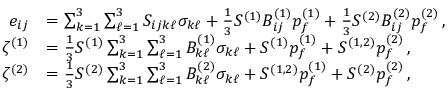
\begin{array} { r l } { e _ { i j } } & { = \sum _ { k = 1 } ^ { 3 } \sum _ { \ell = 1 } ^ { 3 } S _ { i j k \ell } \sigma _ { k \ell } + \frac { 1 } { 3 } S ^ { ( 1 ) } B _ { i j } ^ { ( 1 ) } p _ { f } ^ { ( 1 ) } + \frac { 1 } { 3 } S ^ { ( 2 ) } B _ { i j } ^ { ( 2 ) } p _ { f } ^ { ( 2 ) } \, , } \\ { \zeta ^ { ( 1 ) } } & { = \frac { 1 } { 3 } S ^ { ( 1 ) } \sum _ { k = 1 } ^ { 3 } \sum _ { \ell = 1 } ^ { 3 } B _ { k \ell } ^ { ( 1 ) } \sigma _ { k \ell } + S ^ { ( 1 ) } p _ { f } ^ { ( 1 ) } + S ^ { ( 1 , 2 ) } p _ { f } ^ { ( 2 ) } \, , } \\ { \zeta ^ { ( 2 ) } } & { = \frac { 1 } { 3 } S ^ { ( 2 ) } \sum _ { k = 1 } ^ { 3 } \sum _ { \ell = 1 } ^ { 3 } B _ { k \ell } ^ { ( 2 ) } \sigma _ { k \ell } + S ^ { ( 1 , 2 ) } p _ { f } ^ { ( 1 ) } + S ^ { ( 2 ) } p _ { f } ^ { ( 2 ) } \, , } \end{array}